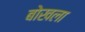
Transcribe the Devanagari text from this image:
बोखला